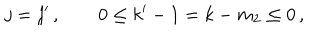
j = j ^ { \prime } \, , \qquad 0 \leq k ^ { \prime } - 1 = k - m _ { 2 } \leq 0 \, ,